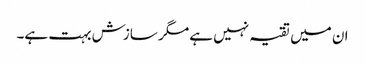
ان میں تقیہ نہیں ہے مگر سازش بہت ہے۔